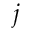
j